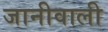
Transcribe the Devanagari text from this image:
जानीवाली